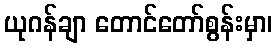
ယုဂန်ချာ တောင်တော်စွန်းမှာ၊